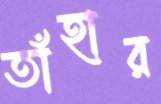
তাঁহার